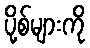
ပို့စ်များကို